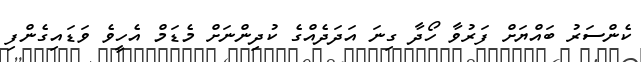
ކެންސަރު ބައްޔަށް ފަރުވާ ހޯދާ ގިނަ އަދަދެއްގެ ކުދިންނަށް މެޑަމް އެހީވެ ވަޑައިގެންފި